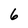
Character: 6